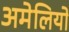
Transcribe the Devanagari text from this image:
अमेलियो